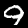
Label: 9